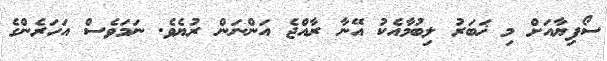
ސޯފިޔާއަށް މި ޚަބަރު ލިބުމާއެކު އޭނާ ރާއްޖެ އަންނަން ރުޔެވެ. ނަމަވެސް އަހަރެންގެ